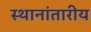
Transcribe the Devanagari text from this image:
स्थानांतारीय